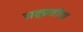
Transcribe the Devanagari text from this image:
राष्ट्रप्रतीक